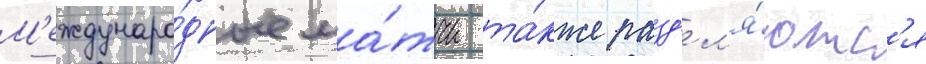
М'еждунаро́дные ма́тчи та́кже разд'ел'я́ютс'я